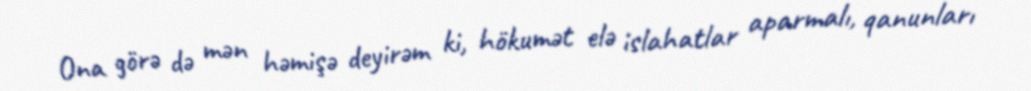
Ona görə də mən həmişə deyirəm ki, hökumət elə islahatlar aparmalı, qanunları